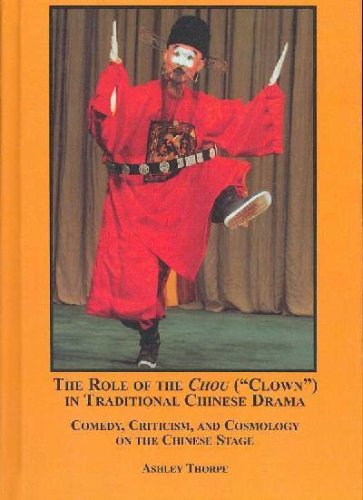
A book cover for Role Of The Chou (Clown) In Traditional Chinese Drama: Comedy, Criticism, and Cosmology; Ashley Thorpe; History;